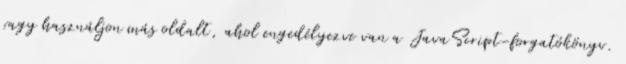
vagy használjon más oldalt, ahol engedélyezve van a JavaScript-forgatókönyv.